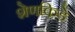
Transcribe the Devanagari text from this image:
शेणकिडे